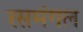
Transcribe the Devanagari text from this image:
रसमंगल